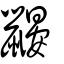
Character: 鼹